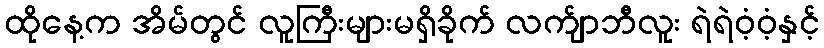
ထိုနေ့က အိမ်တွင် လူကြီးများမရှိခိုက် လက်ျာဘီလူး ရဲရဲဝံ့ဝံ့နှင့်